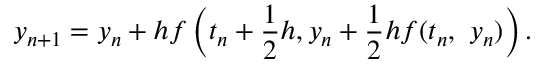
y _ { n + 1 } = y _ { n } + h f \left( t _ { n } + { \frac { 1 } { 2 } } h , y _ { n } + { \frac { 1 } { 2 } } h f ( t _ { n } , \ y _ { n } ) \right) .